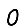
Digit: 0